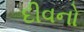
દીવનો